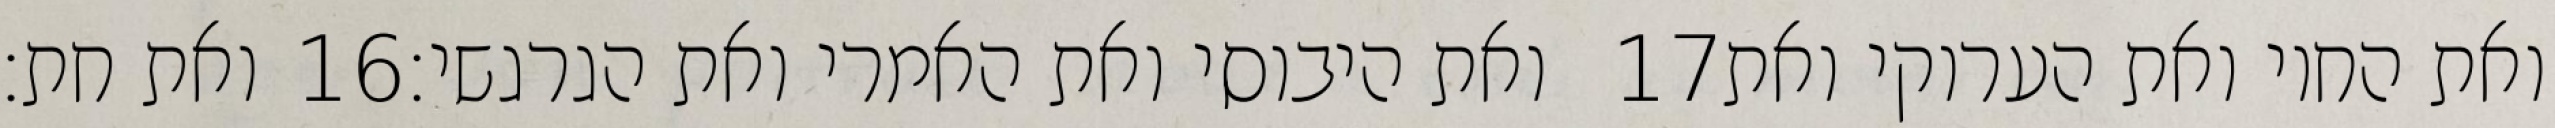
ואת חת׃ ‎16‏ ואת היבוסי ואת האמרי ואת הגרגשי׃ ‎17‏ ואת החוי ואת הערוקי ואת